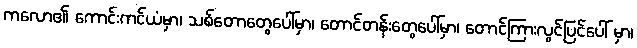
ကလော၏ ကောင်းကင်ယံမှာ၊ သစ်တောတွေပေါ်မှာ၊ တောင်တန်းတွေပေါ်မှာ၊ တောင်ကြားလွင်ပြင်ပေါ် မှာ၊